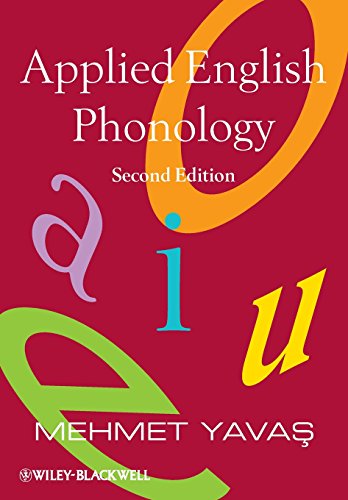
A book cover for Applied English Phonology; Mehmet Yavas; Reference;